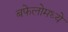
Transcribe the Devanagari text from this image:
बफेलोमध्ये